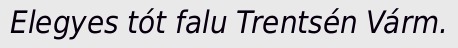
Elegyes tót falu Trentsén Várm.